65_HS1-834228961_62-HQ-83894_Section_1
Agency: FBI
Page 176
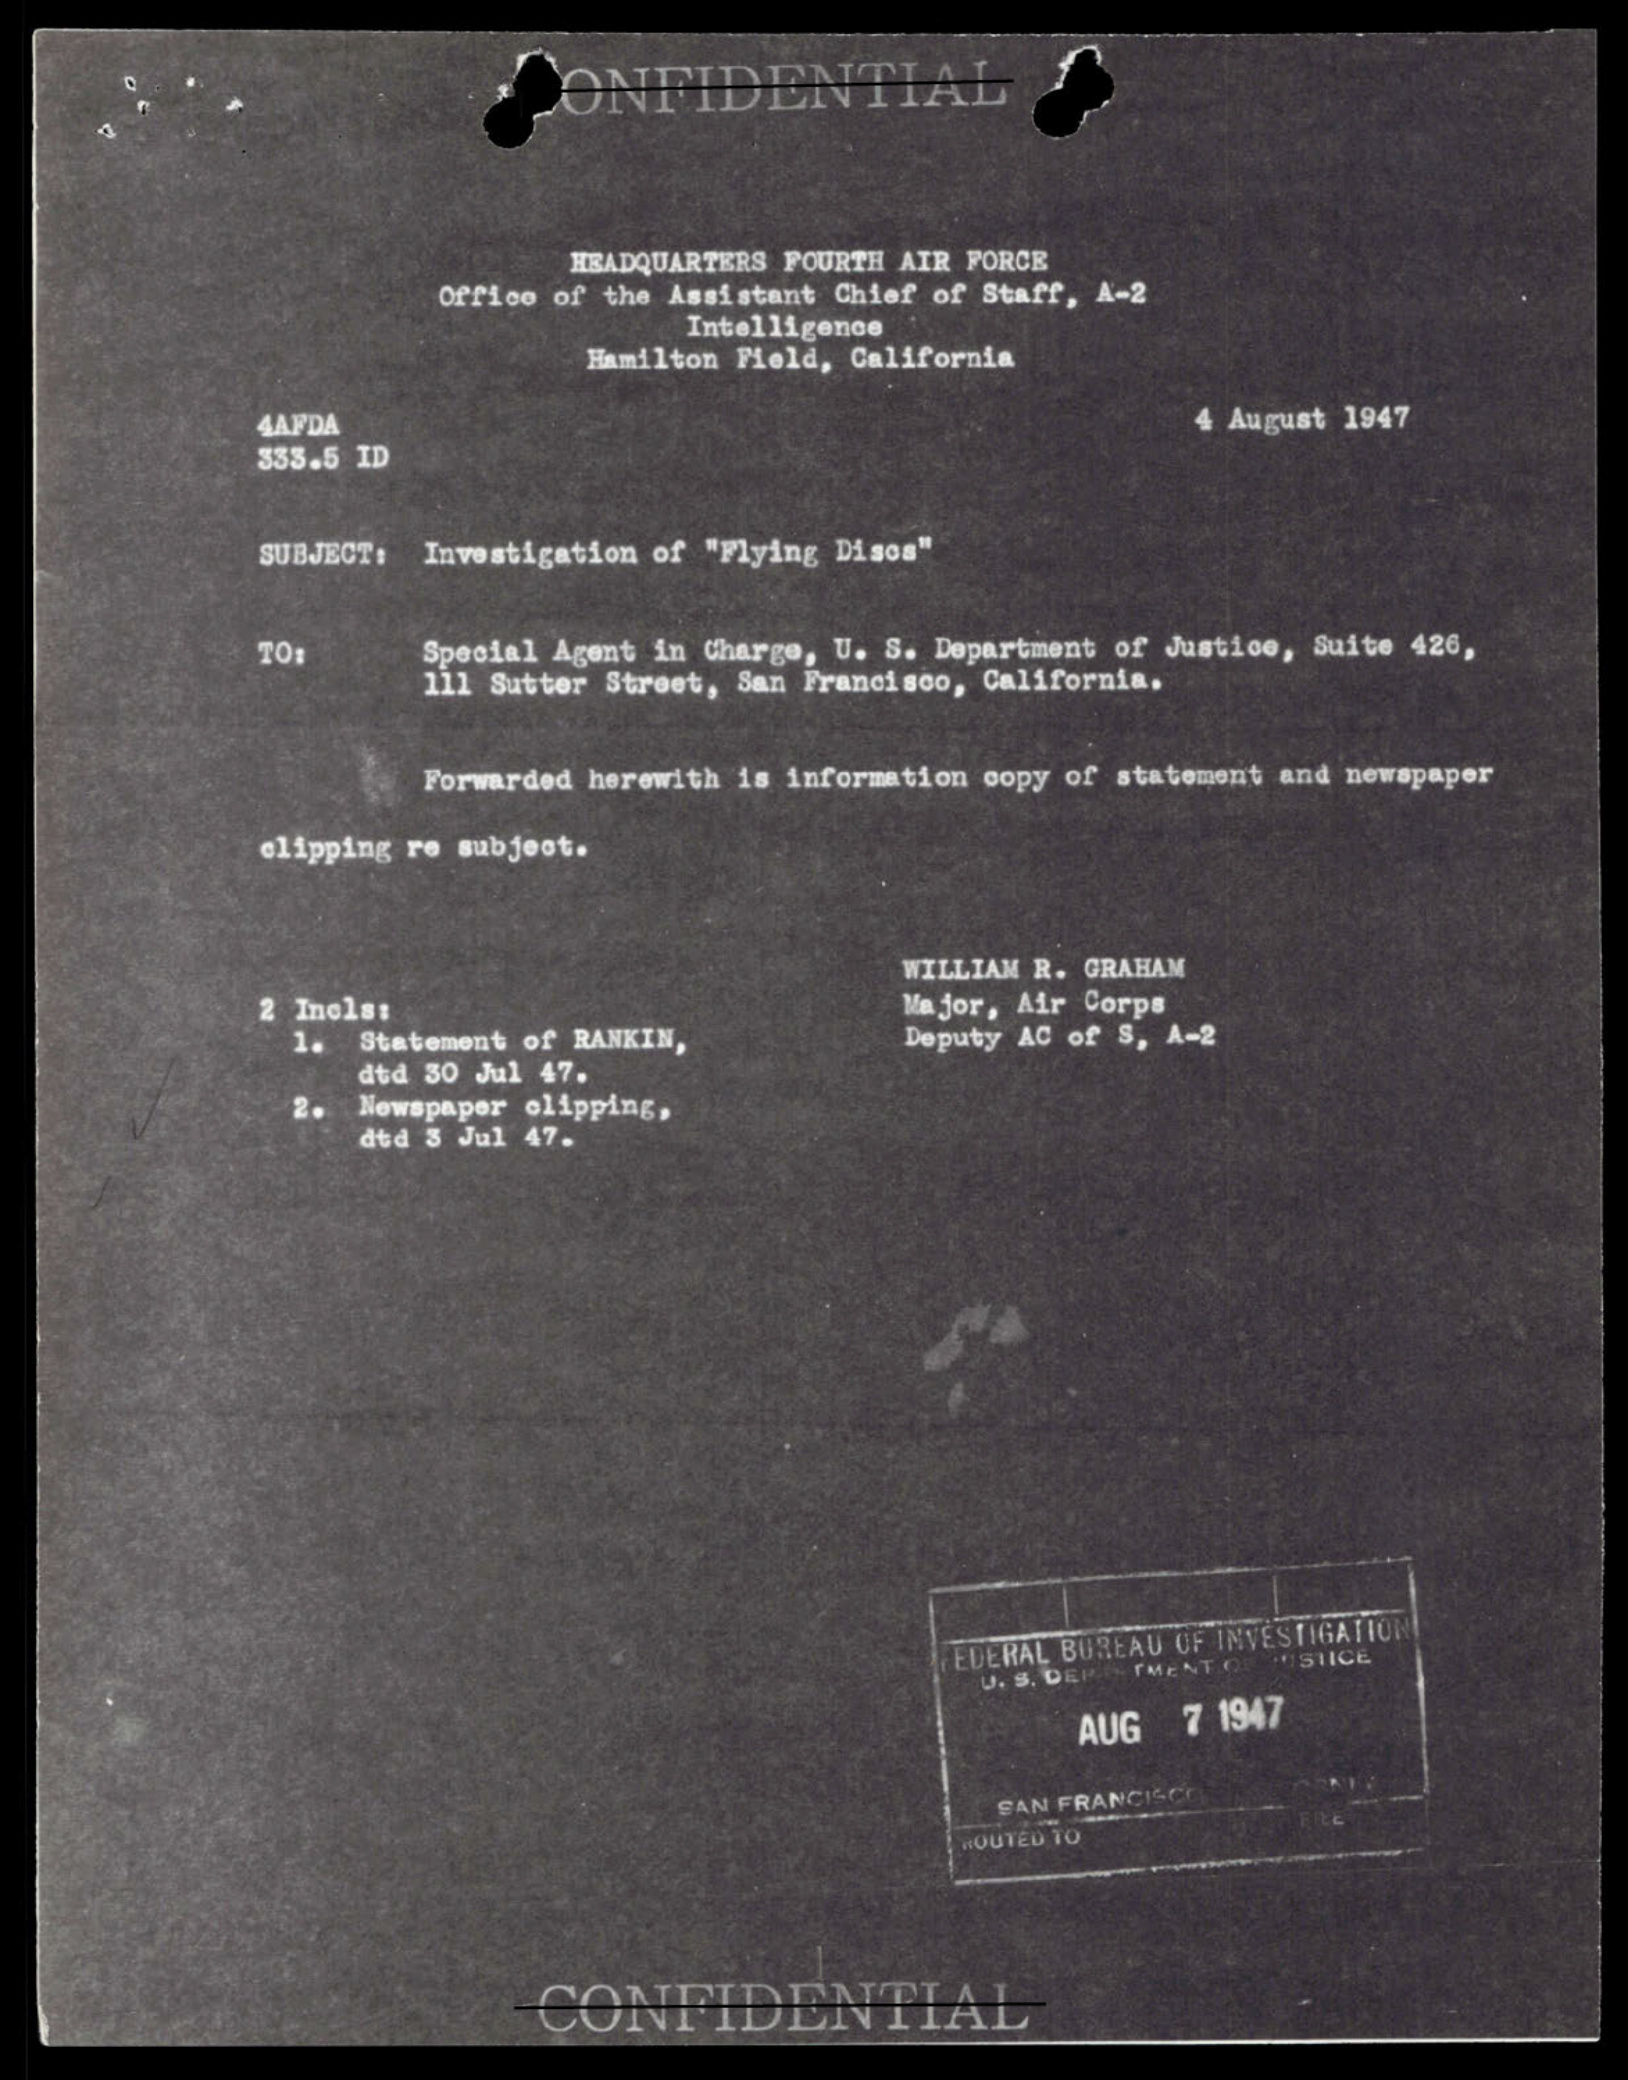